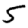
Digit: 5